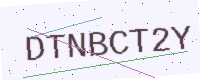
Text: DTNBCT2Y